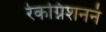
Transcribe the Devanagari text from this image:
रेकग्निशननं